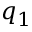
q _ { 1 }